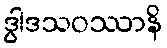
ဒွါဒသဝဿာနိ